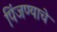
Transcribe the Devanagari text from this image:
पिंजण्याचे